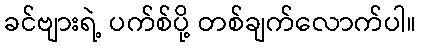
ခင်ဗျားရဲ့ ပက်စ်ပို့ တစ်ချက်လောက်ပါ။